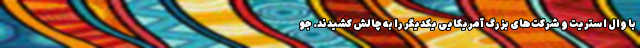
با وال استریت و شرکت‌های بزرگ آمریکایی یکدیگر را به چالش کشیدند. جو